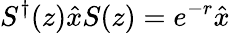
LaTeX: S^{\dagger}(z)\hat{x}S(z)=e^{-r}\hat{x}